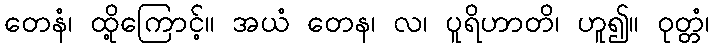
တေနံ၊ ထို့ကြောင့်။ အယံ တေန၊ လ၊ ပူရိဟာတိ၊ ဟူ၍။ ဝုတ္တံ၊